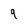
Character: 9